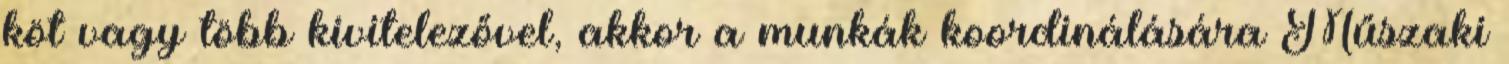
köt vagy több kivitelezővel, akkor a munkák koordinálására Műszaki